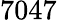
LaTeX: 7047